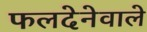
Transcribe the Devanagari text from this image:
फलदेनेवाले